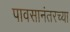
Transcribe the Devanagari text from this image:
पावसानंतरच्या